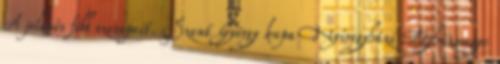
A jelenés főbb szerepeit. Szent György kupa Nyíregyházi Egyházmegye